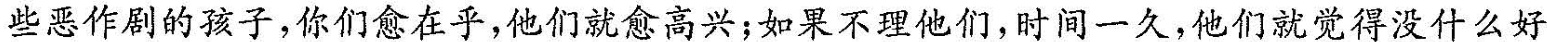
些恶作剧的孩子，你们愈在乎，它们就愈高兴；如果不理他们，时间一久，他们就觉得没什么好